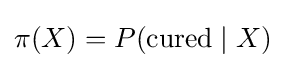
\pi (X)=P({\text{cured}}\mid X)